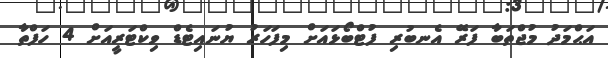
އަޙްމަދު މުޖްތަބާ ފަރޭ އެނބުރި ފުޓްބޯޅައަށް މިފަހަރު ޔުނައިޓެޑް ވިކްޓަރީއަށް 4 ހަފްތާ